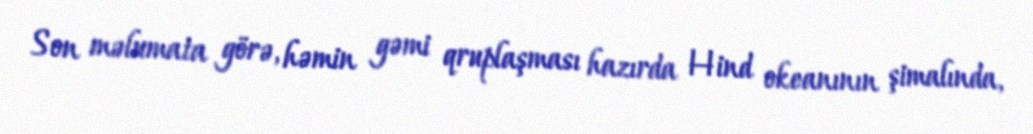
Son məlumata görə, həmin gəmi qruplaşması hazırda Hind okeanının şimalında,